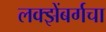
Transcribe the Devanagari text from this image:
लक्झेंबर्गचा